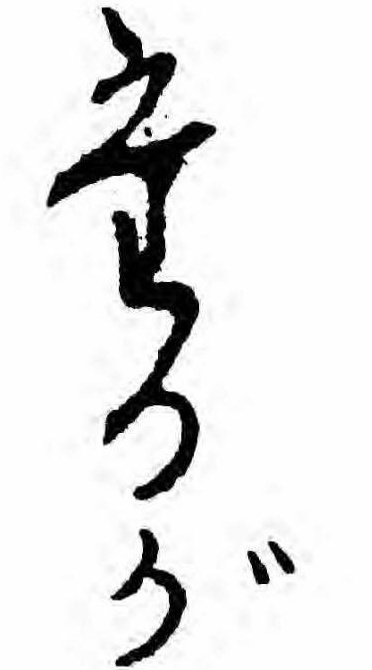
たるが